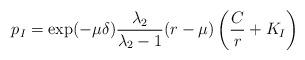
LaTeX: \begin{align*}p_I=\exp(-\mu \delta)\frac{\lambda_2}{\lambda_2-1}(r-\mu)\left(\frac{C}{r}+K_I\right)\end{align*}